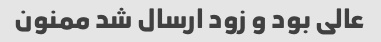
عالی بود و زود ارسال شد ممنون